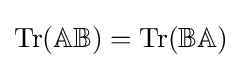
\operatorname {Tr} (\mathbb {A} \mathbb {B} )=\operatorname {Tr} (\mathbb {B} \mathbb {A} )